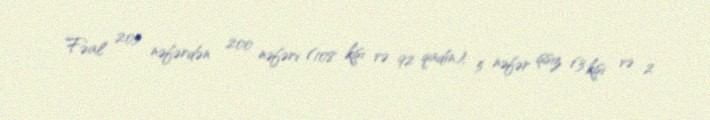
Fəal 205 nəfərdən 200 nəfəri (108 kişi və 92 qadın), 5 nəfər işsiz (3 kişi və 2